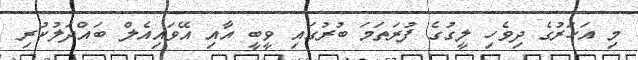
މި އަހަރުގެ ދިވެހި ލީގުގެ ފުރަތަމަ ބުރުގައި ވީބީ އާއި އޭވައިއެލް ބައްދަލުކުރި